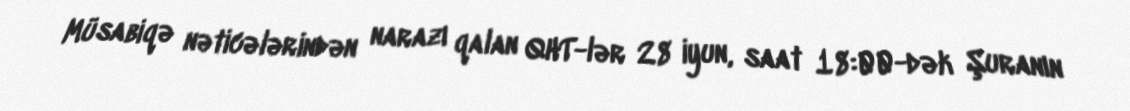
Müsabiqə nəticələrindən narazı qalan QHT-lər 28 iyun, saat 18:00-dək Şuranın